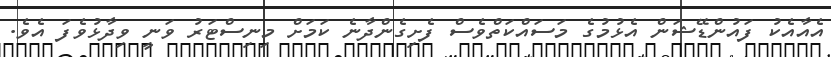
އެއާއެކު ފައުންޑޭޝަން އެޅުމުގެ މަސައްކަތްވެސް ފެށިގެންދާނެ ކަމަށް މިނިސްޓަރު ވަނީ ވިދާޅުވެފަ އެވެ.